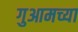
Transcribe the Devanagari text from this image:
गुआमच्या